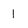
Character: 1